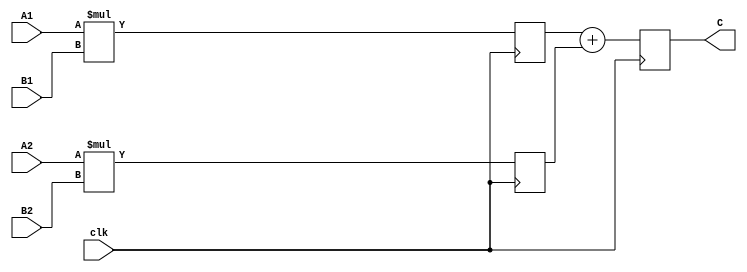
module pipeline(
    input clk,
    input [31:0] A1,
    input [31:0] A2,
    input [31:0] B1,
    input [31:0] B2,
    output reg [31:0] C = 0);

reg [31:0] buff[1:0];
integer i;

initial begin
    for(i = 0; i < 2; i++)
        buff[i] = 0;
end

always @(posedge clk) begin
    buff[0] <= A1 * B1;
    buff[1] <= A2 * B2;
    C <= buff[0] + buff[1];
end
endmodule